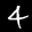
Label: 4